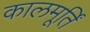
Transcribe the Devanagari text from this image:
कालमूर्तिं